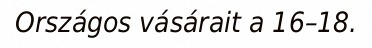
Országos vásárait a 16–18.